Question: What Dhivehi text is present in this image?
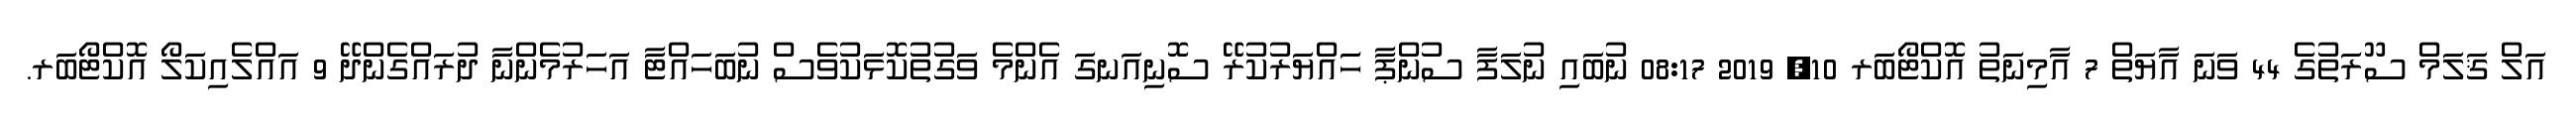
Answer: އަލް ޤަލަމް ސޫރަތުގެ 44 ވަނަ އާޔަތް 7 އާމިނަތު އޮކްޓޯބަރ 10, 2019 08:17 ނުބައި ނުލަފާ ސުންޕާ ހަައްޔަރުކުރޭ ސޮނިއަނގަ އެންމެ ވަގުތުކޮޅަކުވެސް ނުބަހައްޓާ އަހަރުމެންނާ ދުރައްގެންދޭ 9 އައްލެއިކަލޯ އޮކްޓޯބަރ.